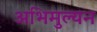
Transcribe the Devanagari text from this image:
अभिमुल्यन